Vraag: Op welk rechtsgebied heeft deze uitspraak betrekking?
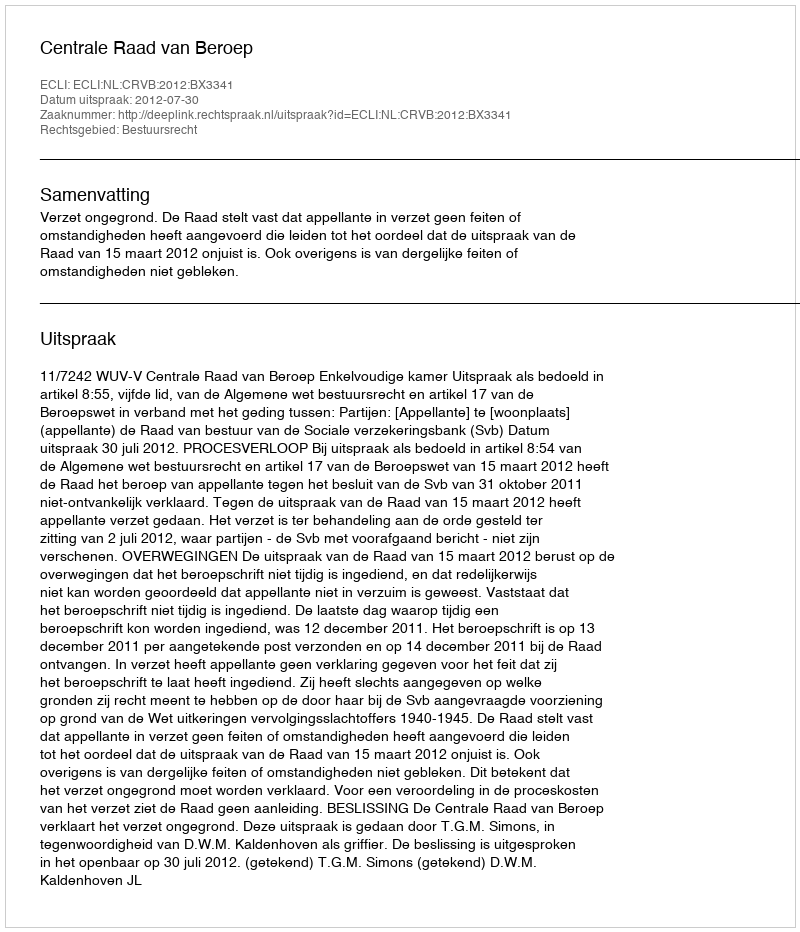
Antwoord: Bestuursrecht